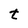
Character: t